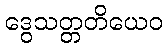
ဒွေသတ္တတိယေဝ